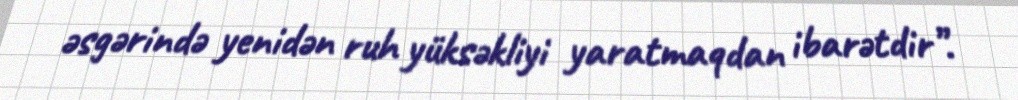
əsgərində yenidən ruh yüksəkliyi yaratmaqdan ibarətdir”.